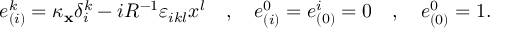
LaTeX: e _ { ( i ) } ^ { k } = \kappa _ { { \bf x } } \delta _ { i } ^ { k } - i R ^ { - 1 } \varepsilon _ { i k l } x ^ { l } \quad , \quad e _ { ( i ) } ^ { 0 } = e _ { ( 0 ) } ^ { i } = 0 \quad , \quad e _ { ( 0 ) } ^ { 0 } = 1 .